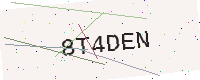
Text: 8T4DEN